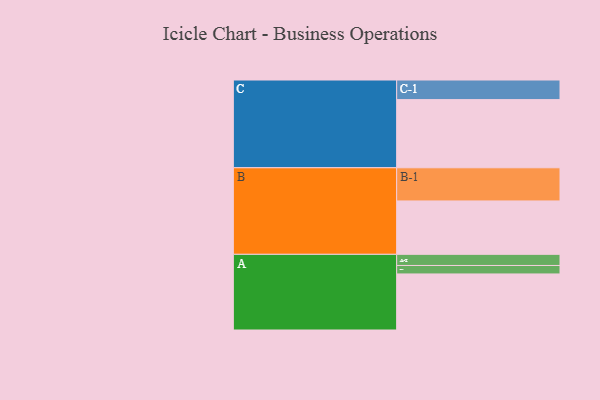
{"axis": {"x": "Segment", "y": "Value"}, "legend": ["", "A", "B", "C"], "data": [{"x": "A", "y": 463, "type": ""}, {"x": "B", "y": 441, "type": ""}, {"x": "C", "y": 563, "type": ""}, {"x": "A-1", "y": 70, "type": "A"}, {"x": "A-2", "y": 92, "type": "A"}, {"x": "B-1", "y": 274, "type": "B"}, {"x": "C-1", "y": 162, "type": "C"}]}